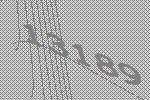
13189